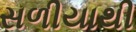
સળીયાથી